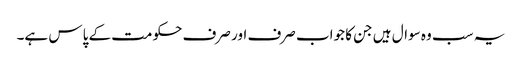
یہ سب وہ سوال ہیں جن کا جواب صرف اور صرف حکومت کے پاس ہے۔